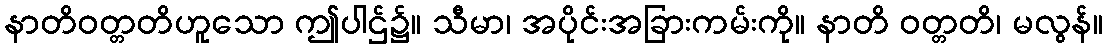
နာတိဝတ္တတိဟူသော ဤပါဌ်၌။ သီမာ၊ အပိုင်းအခြားကမ်းကို။ နာတိ ဝတ္တတိ၊ မလွန်။